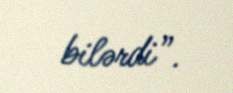
bilərdi”.